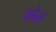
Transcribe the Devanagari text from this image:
क्रोतों